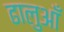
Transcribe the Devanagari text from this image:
ढालुआँ